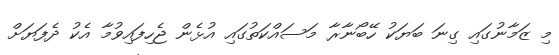
މި ޒަމާނުގައި ގިނަ ބަޔަކު ހޭބޯނާރާ މަސައްކަތުގައި އުޅެން ޖެހިފައިވުމާ އެކު ދެފަޔަށް